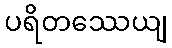
ပရိတဿေယျ